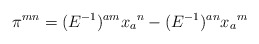
\begin{align*}\pi ^{mn} = (E^{-1})^{am} x_a{}^n - (E^{-1})^{an} x_a{}^m\end{align*}